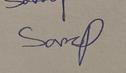
Signature authenticity: genuine